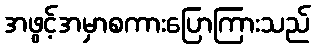
အဖွင့်အမှာစကားပြောကြားသည်